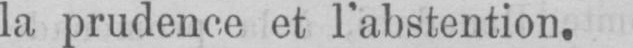
la prudence et l’abstention.